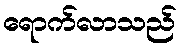
ရောက်လာသည်